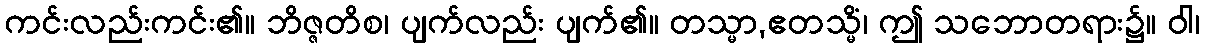
ကင်းလည်းကင်း၏။ ဘိဇ္ဇတိစ၊ ပျက်လည်း ပျက်၏။ တသ္မာ,ဧတသ္မိံ၊ ဤ သဘောတရား၌။ ဝါ၊